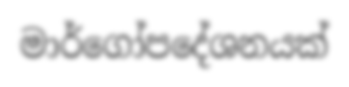
මාර්ගෝපදේශනයක්